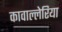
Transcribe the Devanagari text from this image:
कावाल्लेरिया